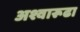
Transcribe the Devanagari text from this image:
अश्वारूढा